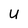
Character: U